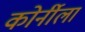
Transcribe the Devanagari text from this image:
कोर्नीला